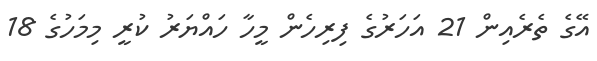
އޭގެ ތެރެއިން 21 އަހަރުގެ ފިރިހެން މީހާ ހައްޔަރު ކުރީ މިމަހުގެ 18